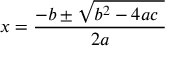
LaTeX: x = { \frac { - b \pm { \sqrt { b ^ { 2 } - 4 a c \ } } } { 2 a } }